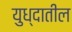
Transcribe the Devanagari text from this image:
युध्दातील